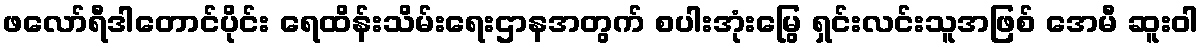
ဖလော်ရီဒါတောင်ပိုင်း ရေထိန်းသိမ်းရေးဌာနအတွက် စပါးအုံးမြွေ ရှင်းလင်းသူအဖြစ် အေမီ ဆူးဝါ